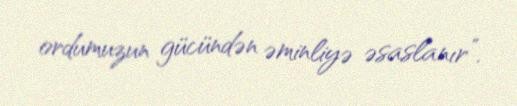
ordumuzun gücündən əminliyə əsaslanır”.